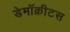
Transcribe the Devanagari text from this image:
डेमॉक्रीटस